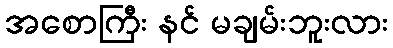
အစောကြီး နင် မချမ်းဘူးလား